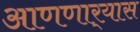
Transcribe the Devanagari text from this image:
आणणार्‍यास